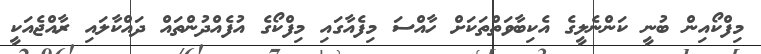
މިފްކޯއިން ބުނީ ކަންނެލީގެ އެކިބާވަތްތަކަށް ހާއްސަ މިފެއާގައި މިފްކޯގެ އުފެއްދުންތައް ދައްކާލައި ރާއްޖެއަކީ